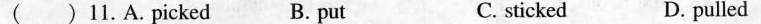
() 11.A.picked B. put C. sticked D. pulled